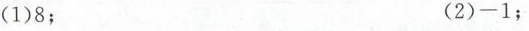
(1)8； (2)-1；